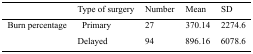
<table><thead><tr><td></td><td><b>Type of surgery</b></td><td><b>Number</b></td><td><b>Mean</b></td><td><b>SD</b></td></tr></thead><tbody><tr><td>Burn percentage</td><td>Primary</td><td>27</td><td>370.14</td><td>2274.6</td></tr><tr><td></td><td>Delayed</td><td>94</td><td>896.16</td><td>6078.6</td></tr></tbody></table>